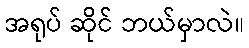
အရုပ် ဆိုင် ဘယ်မှာလဲ။